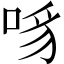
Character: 𪡊